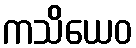
ကသိယေဝ